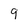
Character: 9